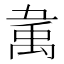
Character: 𰨚